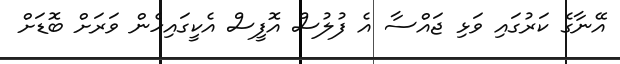
އޭނާގެ ކަރުގައި ވަޅި ޖައްސާ އެ ފުލުސް އޮފީސް އެކީގައިހެން ވަރަށް ބޮޑަށް